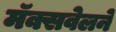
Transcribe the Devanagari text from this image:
मॅक्सवेलने